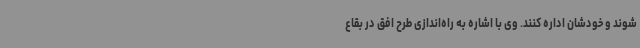
شوند و خودشان اداره کنند. وی با اشاره به راه‌اندازی طرح افق در بقاع